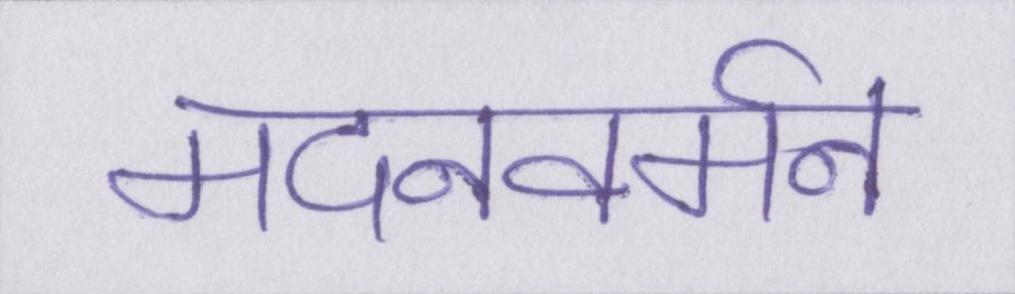
मदनवर्मन